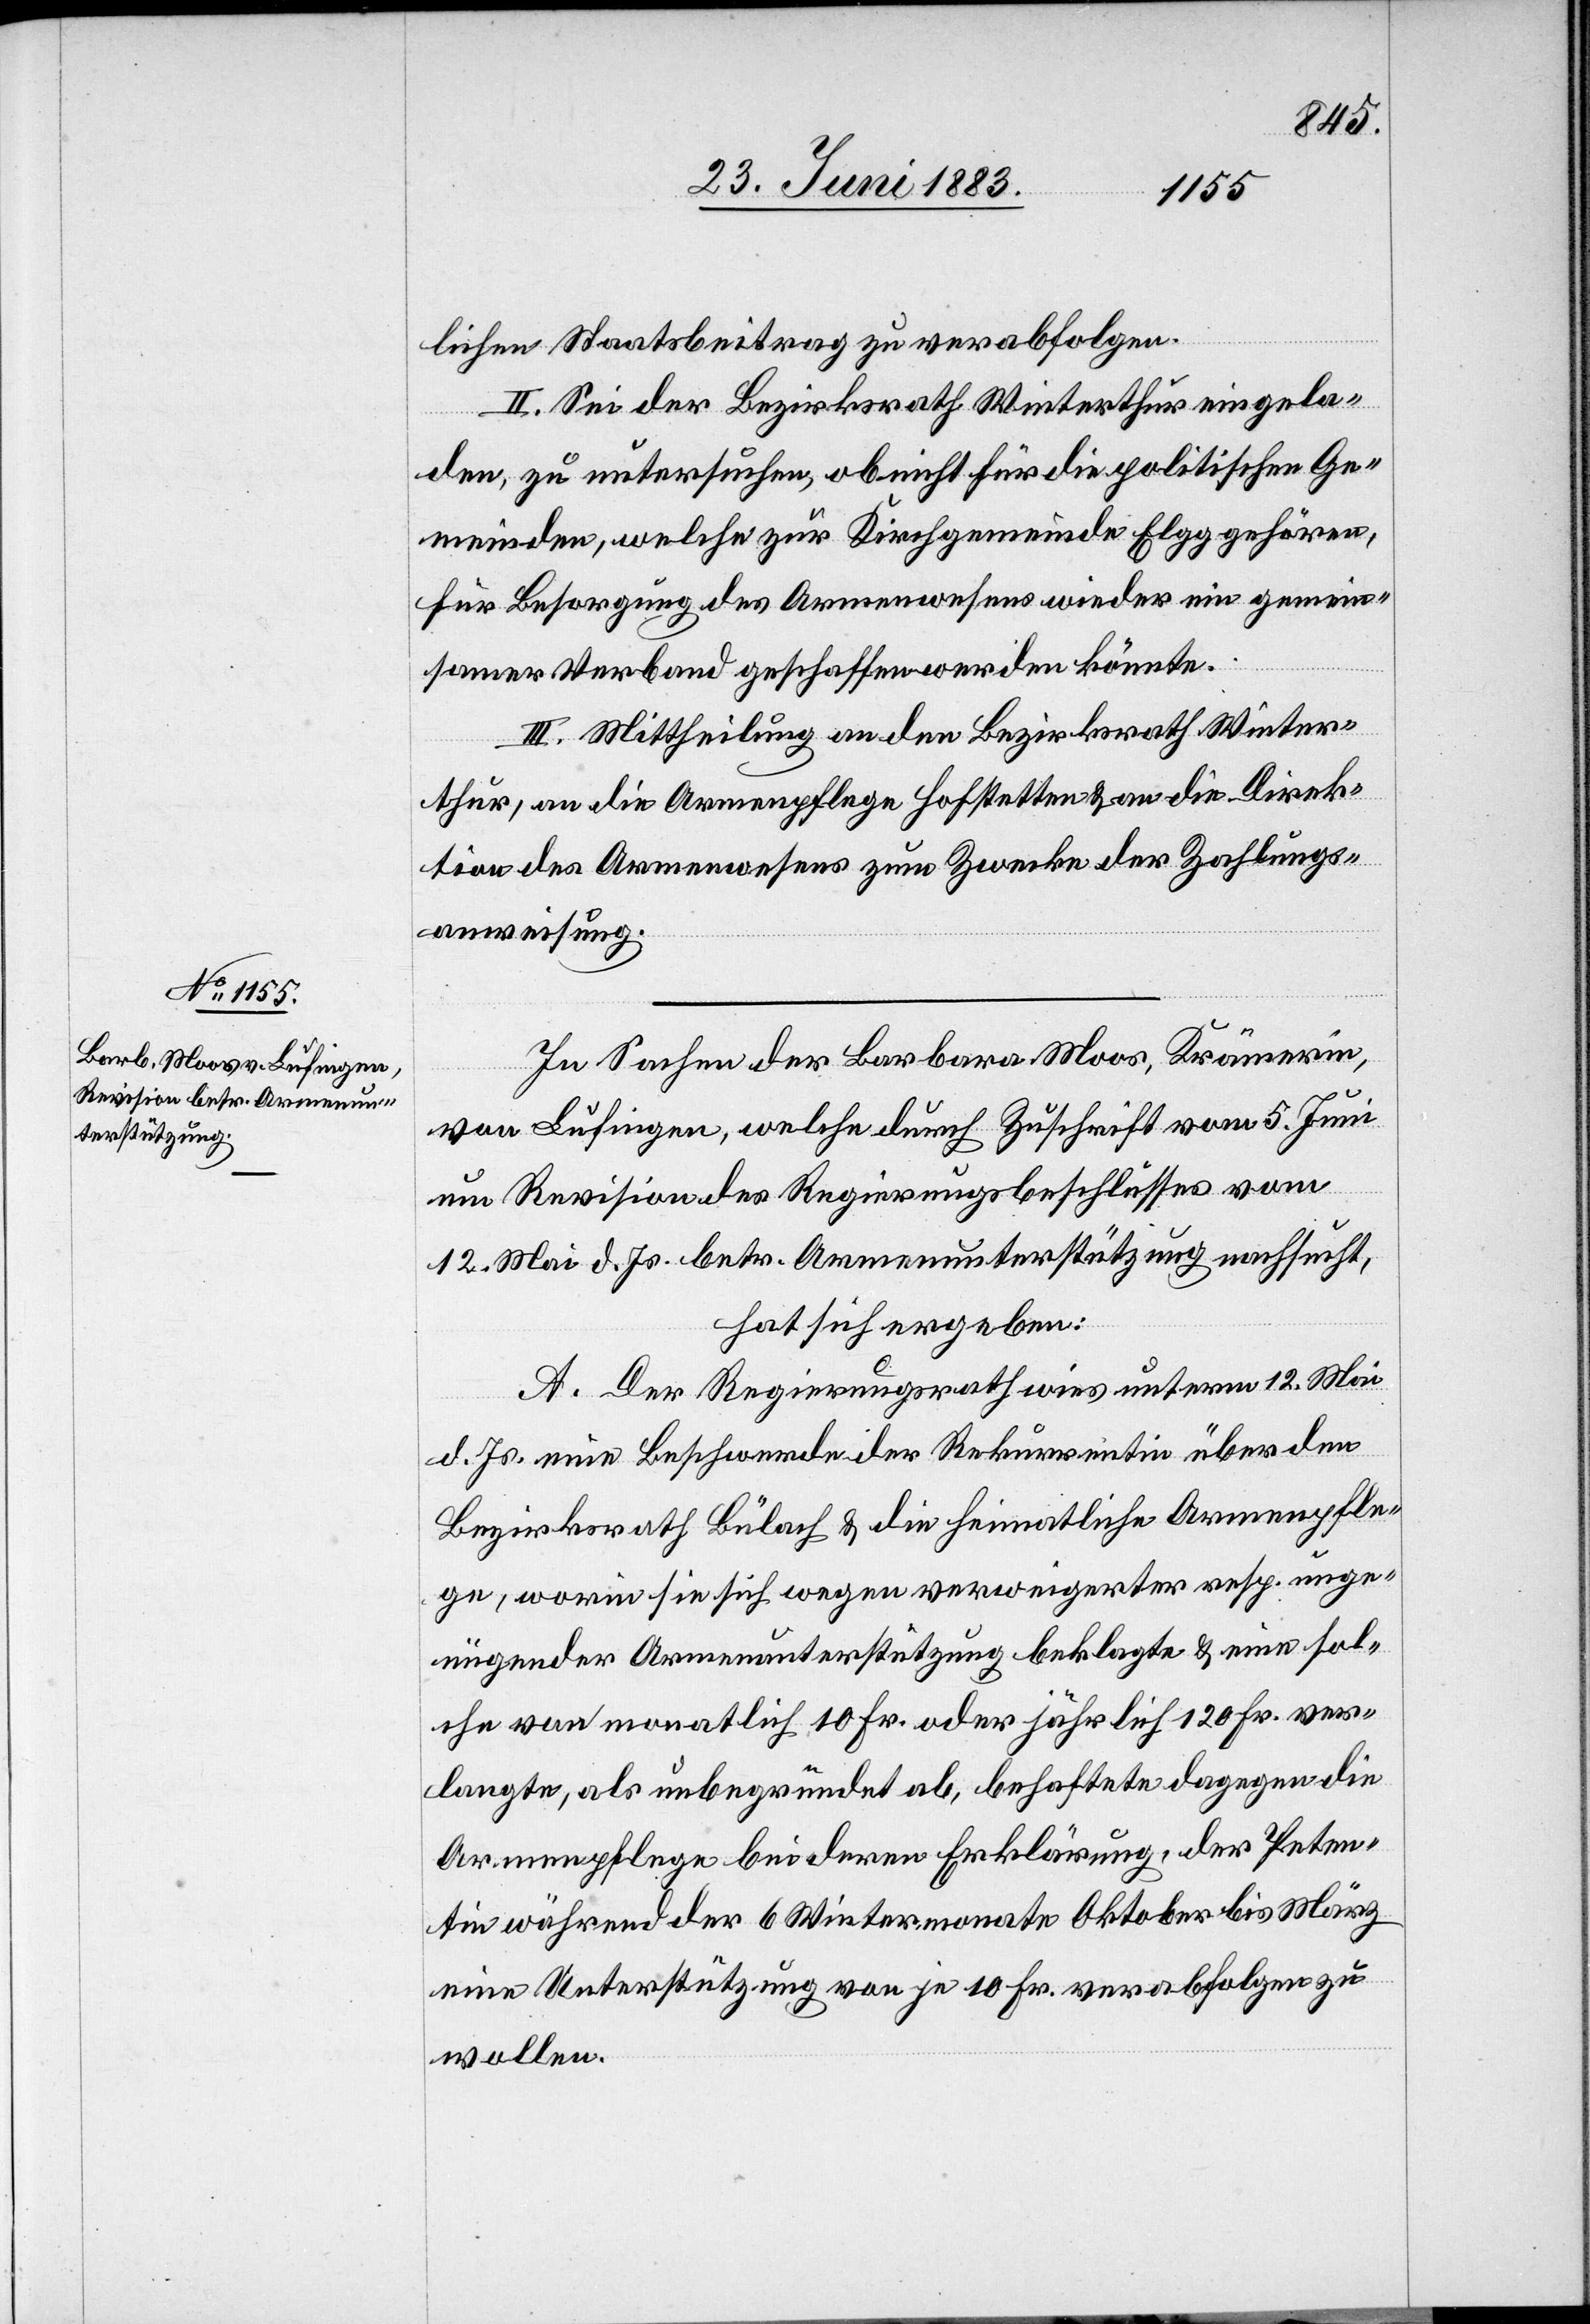
lichen Staatsbeitrag zu verabfolgen.
II. Sei der Bezirksrath Winterthur eingela¬
den, zu untersuchen, ob nicht für die politischen Ge¬
meinden, welche zur Kirchgemeinde Elgg gehören,
für Besorgung des Armenwesens wieder ein gemein¬
samer Verband geschaffen werden könnte.
III. Mittheilung an den Bezirksrath Winter¬
thur, an die Armenpflege Hofstetten & an die Direk¬
tion des Armenwesens zum Zwecke der Zahlungs¬
anweisung.
In Sachen der Barbara Moos, Krämerin,
von Lufingen, welche durch Zuschrift vom 5. Juni
um Revision des Regierungsbeschlusses vom
12. Mai d. Js. betr. Armenunterstützung nachsucht,
hat sich ergeben:
A. Der Regierungsrath wies unterm 12. Mai
d. Js. eine Beschwerde der Rekurrentin über den
Bezirksrath Bülach & die heimatliche Armenpfle¬
ge, worin sie sich wegen verweigerter resp. unge¬
nügender Armenunterstützung beklagte & eine sol¬
che von monatlich 10 Fr. oder jährlich 120 Fr. ver¬
langte, als unbegründet ab, behaftete dagegen die
Armenpflege bei deren Erklärung, der Peten¬
tin während der 6 Wintermonate Oktober bis März
eine Unterstützung von je 10 Fr. verabfolgen zu
wollen.